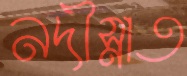
নদীস্নাত